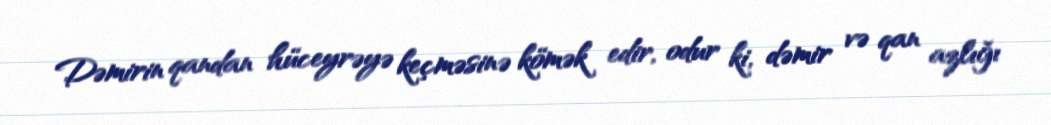
Dəmirin qandan hüceyrəyə keçməsinə kömək edir, odur ki, dəmir və qan azlığı